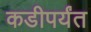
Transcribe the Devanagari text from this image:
कडीपर्यंत